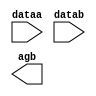
// megafunction wizard: %LPM_COMPARE%VBB%
// GENERATION: STANDARD
// VERSION: WM1.0
// MODULE: lpm_compare 

// ============================================================
// Megafunction Name(s):
// 			lpm_compare
// ============================================================
// ************************************************************
// THIS IS A WIZARD-GENERATED FILE. DO NOT EDIT THIS FILE!
//
// 4.2 Build 178 01/19/2005 SP 1 SJ Web Edition
// ************************************************************

//Copyright (C) 1991-2005 Altera Corporation
//Any  megafunction  design,  and related netlist (encrypted  or  decrypted),
//support information,  device programming or simulation file,  and any other
//associated  documentation or information  provided by  Altera  or a partner
//under  Altera's   Megafunction   Partnership   Program  may  be  used  only
//to program  PLD  devices (but not masked  PLD  devices) from  Altera.   Any
//other  use  of such  megafunction  design,  netlist,  support  information,
//device programming or simulation file,  or any other  related documentation
//or information  is prohibited  for  any  other purpose,  including, but not
//limited to  modification,  reverse engineering,  de-compiling, or use  with
//any other  silicon devices,  unless such use is  explicitly  licensed under
//a separate agreement with  Altera  or a megafunction partner.  Title to the
//intellectual property,  including patents,  copyrights,  trademarks,  trade
//secrets,  or maskworks,  embodied in any such megafunction design, netlist,
//support  information,  device programming or simulation file,  or any other
//related documentation or information provided by  Altera  or a megafunction
//partner, remains with Altera, the megafunction partner, or their respective
//licensors. No other licenses, including any licenses needed under any third
//party's intellectual property, are provided herein.

module gt11 (
	dataa,
	datab,
	agb);

	input	[10:0]  dataa;
	input	[10:0]  datab;
	output	  agb;

endmodule

// ============================================================
// CNX file retrieval info
// ============================================================
// Retrieval info: PRIVATE: nBit NUMERIC "11"
// Retrieval info: PRIVATE: AeqB NUMERIC "0"
// Retrieval info: PRIVATE: AneB NUMERIC "0"
// Retrieval info: PRIVATE: AgtB NUMERIC "1"
// Retrieval info: PRIVATE: AgeB NUMERIC "0"
// Retrieval info: PRIVATE: AltB NUMERIC "0"
// Retrieval info: PRIVATE: AleB NUMERIC "0"
// Retrieval info: PRIVATE: Radix NUMERIC "10"
// Retrieval info: PRIVATE: isPortBConstant NUMERIC "0"
// Retrieval info: PRIVATE: PortBValue NUMERIC "0"
// Retrieval info: PRIVATE: SignedCompare NUMERIC "0"
// Retrieval info: PRIVATE: Latency NUMERIC "0"
// Retrieval info: PRIVATE: aclr NUMERIC "0"
// Retrieval info: PRIVATE: clken NUMERIC "0"
// Retrieval info: PRIVATE: LPM_PIPELINE NUMERIC "0"
// Retrieval info: CONSTANT: LPM_WIDTH NUMERIC "11"
// Retrieval info: CONSTANT: LPM_TYPE STRING "LPM_COMPARE"
// Retrieval info: CONSTANT: LPM_REPRESENTATION STRING "UNSIGNED"
// Retrieval info: USED_PORT: AgB 0 0 0 0 OUTPUT NODEFVAL AgB
// Retrieval info: USED_PORT: dataa 0 0 11 0 INPUT NODEFVAL dataa[10..0]
// Retrieval info: USED_PORT: datab 0 0 11 0 INPUT NODEFVAL datab[10..0]
// Retrieval info: CONNECT: AgB 0 0 0 0 @AgB 0 0 0 0
// Retrieval info: CONNECT: @dataa 0 0 11 0 dataa 0 0 11 0
// Retrieval info: CONNECT: @datab 0 0 11 0 datab 0 0 11 0
// Retrieval info: LIBRARY: lpm lpm.lpm_components.all
// Retrieval info: GEN_FILE: TYPE_NORMAL gt11.v TRUE
// Retrieval info: GEN_FILE: TYPE_NORMAL gt11.inc FALSE
// Retrieval info: GEN_FILE: TYPE_NORMAL gt11.cmp FALSE
// Retrieval info: GEN_FILE: TYPE_NORMAL gt11.bsf FALSE
// Retrieval info: GEN_FILE: TYPE_NORMAL gt11_inst.v FALSE
// Retrieval info: GEN_FILE: TYPE_NORMAL gt11_bb.v TRUE
// Retrieval info: GEN_FILE: TYPE_NORMAL gt11_waveforms.html TRUE
// Retrieval info: GEN_FILE: TYPE_NORMAL gt11_wave*.jpg FALSE